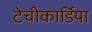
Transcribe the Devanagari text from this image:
टेचीकार्डिया